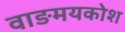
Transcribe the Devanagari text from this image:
वाङमयकोश